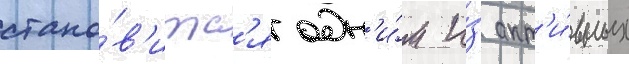
стано́в'итс'я одн'и́м и́з акт'и́вных